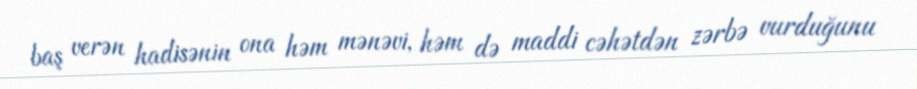
baş verən hadisənin ona həm mənəvi, həm də maddi cəhətdən zərbə vurduğunu